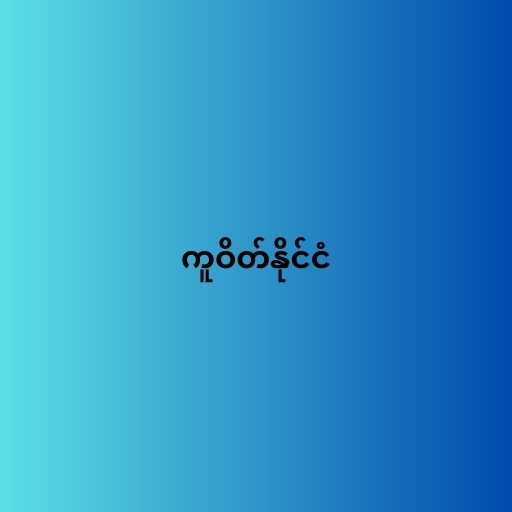
ကူဝိတ်နိုင်ငံ